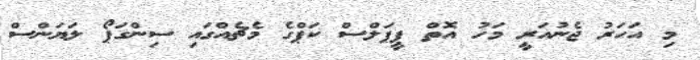
މި އަހަރު ޖެނުއަރީ މަހު އޮތް ޕީޕަލްސް ކަޕްގެ މެޗެއްގައި ސިންގަޕޯ ލަޔަންސް